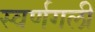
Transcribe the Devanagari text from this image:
स्वर्णगली